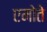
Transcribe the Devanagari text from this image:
एमोते